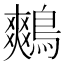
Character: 鷞